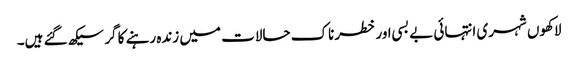
لاکھوں شہری انتہائی بے بسی اور خطرناک حالات میں زندہ رہنے کا گر سیکھ گئے ہیں۔